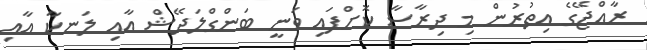
ރާއްޖޭގެ އިތުރުން މި ދިރާސާ ކޮށްފައި ވަނީ ބަންގްލަދޭޝް އާއި ލަނކާ އާއި